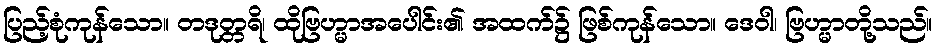
ပြည့်စုံကုန်သော။ တဒုတ္တရိ၊ ထိုဗြဟ္မာအပေါင်း၏ အထက်၌ ဖြစ်ကုန်သော။ ဒေဝါ၊ ဗြဟ္မာတို့သည်။